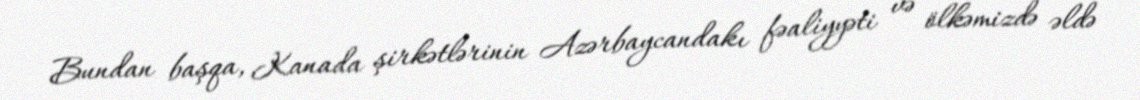
Bundan başqa, Kanada şirkətlərinin Azərbaycandakı fəaliyyəti və ölkəmizdə əldə